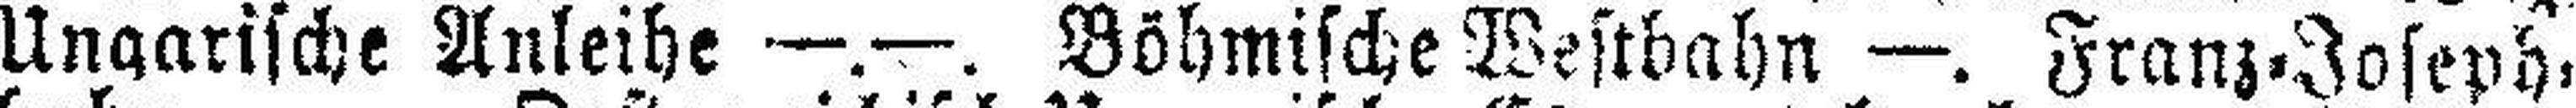
Ungarische Anleihe —.—. Böhmische Westbahn —. Franz=Joseph¬